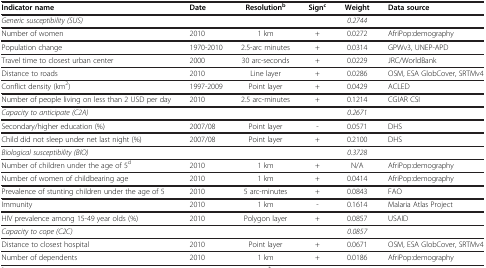
<table><thead><tr><td><b>Indicator name</b></td><td><b>Date</b></td><td><b>Resolution<sup>b</sup></b></td><td><b>Sign<sup>c</sup></b></td><td><b>Weight</b></td><td><b>Data source</b></td></tr></thead><tbody><tr><td><i>Generic susceptibility (SUS)</i></td><td> </td><td> </td><td> </td><td><i>0.2744</i></td><td> </td></tr><tr><td>Number of women</td><td>2010</td><td>1 km</td><td>+</td><td>0.0272</td><td>AfriPop:demography</td></tr><tr><td>Population change</td><td>1970-2010</td><td>2.5-arc minutes</td><td>+</td><td>0.0314</td><td>GPWv3, UNEP-APD</td></tr><tr><td>Travel time to closest urban center</td><td>2000</td><td>30 arc-seconds</td><td>+</td><td>0.0229</td><td>JRC/WorldBank</td></tr><tr><td>Distance to roads</td><td>2010</td><td>Line layer</td><td>+</td><td>0.0286</td><td>OSM, ESA GlobCover, SRTMv4</td></tr><tr><td>Conflict density (km<sup>2</sup>)</td><td>1997-2009</td><td>Point layer</td><td>+</td><td>0.0429</td><td>ACLED</td></tr><tr><td>Number of people living on less than 2 USD per day</td><td>2010</td><td>2.5 arc-minutes</td><td>+</td><td>0.1214</td><td>CGIAR CSI</td></tr><tr><td><i>Capacity to anticipate (C2A)</i></td><td> </td><td> </td><td> </td><td><i>0.2671</i></td><td> </td></tr><tr><td>Secondary/higher education (%)</td><td>2007/08</td><td>Point layer</td><td>-</td><td>0.0571</td><td>DHS</td></tr><tr><td>Child did not sleep under net last night (%)</td><td>2007/08</td><td>Point layer</td><td>+</td><td>0.2100</td><td>DHS</td></tr><tr><td><i>Biological susceptibility (BIO)</i></td><td> </td><td> </td><td> </td><td><i>0.3728</i></td><td> </td></tr><tr><td>Number of children under the age of 5<sup>d</sup></td><td>2010</td><td>1 km</td><td>+</td><td>N/A</td><td>AfriPop:demography</td></tr><tr><td>Number of women of childbearing age</td><td>2010</td><td>1 km</td><td>+</td><td>0.0414</td><td>AfriPop:demography</td></tr><tr><td>Prevalence of stunting children under the age of 5</td><td>2010</td><td>5 arc-minutes</td><td>+</td><td>0.0843</td><td>FAO</td></tr><tr><td>Immunity</td><td>2010</td><td>1 km</td><td>-</td><td>0.1614</td><td>Malaria Atlas Project</td></tr><tr><td>HIV prevalence among 15-49 year olds (%)</td><td>2010</td><td>Polygon layer</td><td>+</td><td>0.0857</td><td>USAID</td></tr><tr><td><i>Capacity to cope (C2C)</i></td><td> </td><td> </td><td> </td><td><i>0.0857</i></td><td> </td></tr><tr><td>Distance to closest hospital</td><td>2010</td><td>Point layer</td><td>+</td><td>0.0671</td><td>OSM, ESA GlobCover, SRTMv4</td></tr><tr><td>Number of dependents</td><td>2010</td><td>1 km</td><td>+</td><td>0.0186</td><td>AfriPop:demography</td></tr></tbody></table>